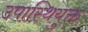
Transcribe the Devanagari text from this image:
उपास्थियुक्त